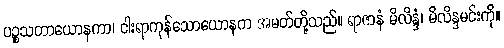
ပဉ္စသတာယောနကာ၊ ငါးရာကုန်သောယောနက အမတ်တို့သည်။ ရာဇာနံ မိလိန္ဒံ၊ မိလိန္ဒမင်းကို။